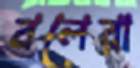
বলেরা